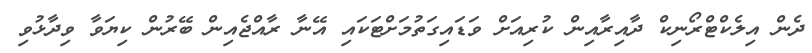
ދެން އިލެކްޓްރޯނިކް ދާއިރާއިން ކުރިއަށް ވަޑައިގަތުމަށްޓަކައި އޭނާ ރާއްޖެއިން ބޭރުން ކިޔަވާ ވިދާޅުވި